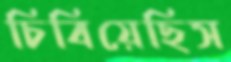
চিবিয়েছিস